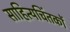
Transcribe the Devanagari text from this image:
साहित्यचिंतकों